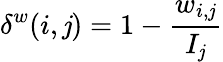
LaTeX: \delta^{w}(i,\mathit{j})=1-\frac{{w_{i,\mathit{j}}}}{{I_{\mathit{j}}}}